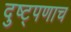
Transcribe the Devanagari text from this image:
दुष्ट्पणाच